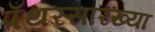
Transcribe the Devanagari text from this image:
पँथरसारख्या